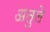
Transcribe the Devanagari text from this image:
अतुले